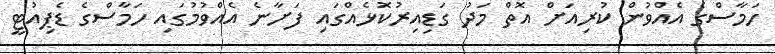
ހަމާސްގެ އެއްވުން ކުރިއަށް އޮތް މަދު ގަޑިއިރުކޮޅެއްގައި ފަށާނެ އެއްވުމުގައި ހަމާސްގެ ޑެޕިއުޓީ